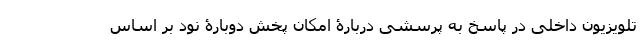
تلویزیون داخلی در پاسخ به پرسشی دربارۀ امکان پخش دوبارۀ نود بر اساس